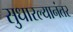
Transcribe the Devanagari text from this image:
सुधारल्यानंतर